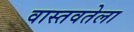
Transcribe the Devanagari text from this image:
वास्तवतेला